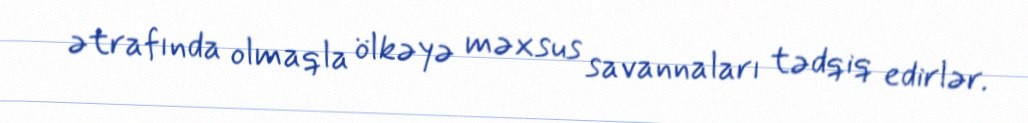
ətrafında olmaqla ölkəyə məxsus savannaları tədqiq edirlər.